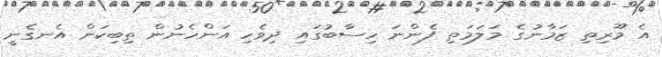
އެ މޫރިތި ޒަމާނުގެ މަލަމަތި ފެންނަ ހިސާބުގައި ދިވެހި އަންހެނުން ތިބިކަން އެނގެނީ